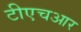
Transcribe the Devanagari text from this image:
टीएचआर